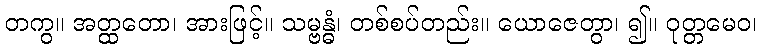
တကွ။ အတ္ထတော၊ အားဖြင့်။ သမ္ဗန္ဓံ၊ တစ်စပ်တည်း။ ယောဇေတွာ၊ ၍။ ဝုတ္တမေဝ၊